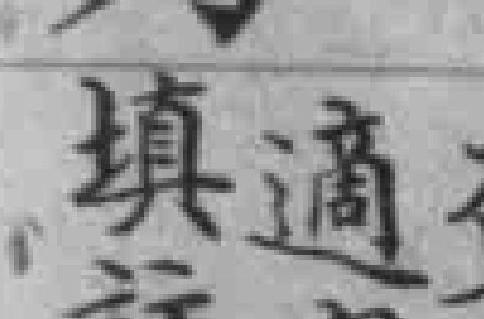
填適